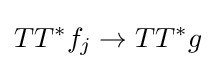
TT^{*}f_{j}\to TT^{*}g